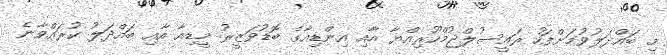
މި ބައްދަލުވުމަށްފަހު ރައީސުލްޖުމްހޫރިއްޔާ އާއި އިންޑިއާގެ ބޮޑުވަޒީރު މީޑިއާ އާއި ބައްދަލު ކުރައްވާނެ